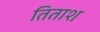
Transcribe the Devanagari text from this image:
तिताश